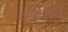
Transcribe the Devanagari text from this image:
वनचारी